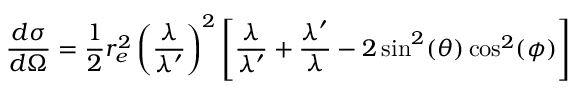
{ \frac { d \sigma } { d \Omega } } = { \frac { 1 } { 2 } } r _ { e } ^ { 2 } \left( { \frac { \lambda } { \lambda ^ { \prime } } } \right) ^ { 2 } \left[ { \frac { \lambda } { \lambda ^ { \prime } } } + { \frac { \lambda ^ { \prime } } { \lambda } } - 2 \sin ^ { 2 } ( \theta ) \cos ^ { 2 } ( \phi ) \right]